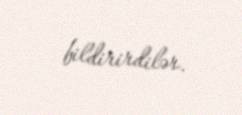
bildirirdilər.